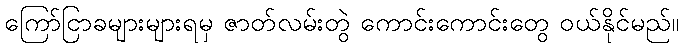
ကြော်ငြာခများများရမှ ဇာတ်လမ်းတွဲ ကောင်းကောင်းတွေ ဝယ်နိုင်မည်။